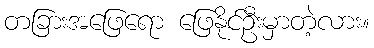
တခြားအဖြေရော ဖြေနိုင်ဦးမှာတဲ့လား။